Vaccine operations Central Provinces 1900-1911 - 1900-1911
Year: 1900
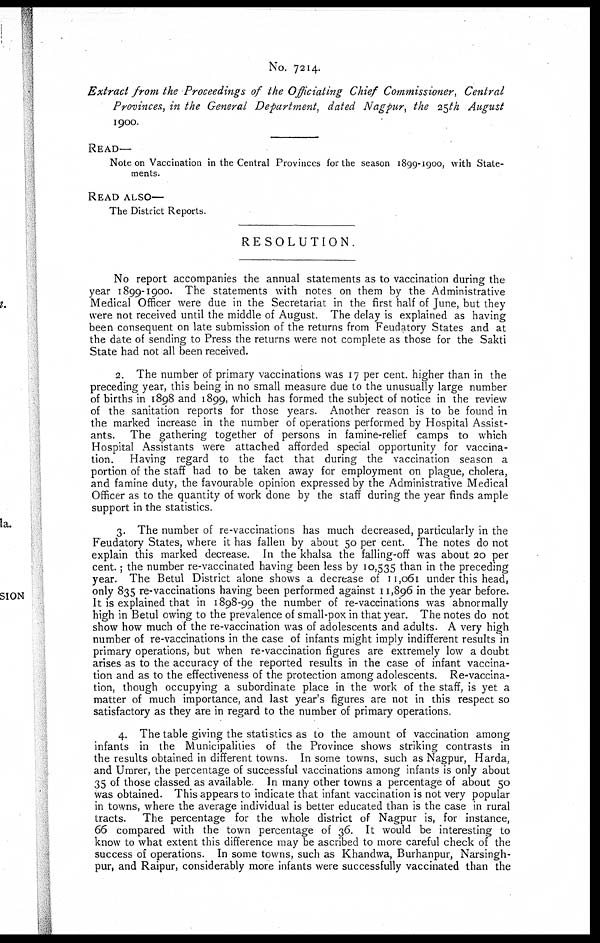
No. 7214.
Extract from the Proceedings of the Officiating Chief Commissioner, Central
Provinces, in the General Department, dated Nagpur, the 25th August
1900.
READ—
Note on Vaccination in the Central Provinces for the season 1899-1900, with State-
ments.
READ ALSO—
The District Reports.
RESOLUTION.
No report accompanies the annual statements as to vaccination during the
year 1899-1900. The statements with notes on them by the Administrative
Medical Officer were due in the Secretariat in the first half of June, but they
were not received until the middle of August. The delay is explained as having
been consequent on late submission of the returns from Feudatory States and at
the date of sending to Press the returns were not complete as those for the Sakti
State had not all been received.
2. The number of primary vaccinations was 17 per cent. higher than in the
preceding year, this being in no small measure due to the unusually large number
of births in 1898 and 1899, which has formed the subject of notice in the review
of the sanitation reports for those years. Another reason is to be found in
the marked increase in the number of operations performed by Hospital Assist-
ants. The gathering together of persons in famine-relief camps to which
Hospital Assistants were attached afforded special opportunity for vaccina-
tion. Having regard to the fact that during the vaccination season a
portion of the staff had to be taken away for employment on plague, cholera,
and famine duty, the favourable opinion expressed by the Administrative Medical
Officer as to the quantity of work done by the staff during the year finds ample
support in the statistics.
3. The number of re-vaccinations has much decreased, particularly in the
Feudatory States, where it has fallen by about 50 per cent. The notes do not
explain this marked decrease. In the khalsa the falling-off was about 20 per
cent.; the number re-vaccinated having been less by 10,535 than in the preceding
year. The Betul District alone shows a decrease of 11,061 under this head,
only 835 re-vaccinations having been performed against 11,896 in the year before.
It is explained that in 1898-99 the number of re-vaccinations was abnormally
high in Betul owing to the prevalence of small-pox in that year. The notes do not
show how much of the re-vaccination was of adolescents and adults. A very high
number of re-vaccinations in the case of infants might imply indifferent results in
primary operations, but when re-vaccination figures are extremely low a doubt
arises as to the accuracy of the reported results in the case of infant vaccina-
tion and as to the effectiveness of the protection among adolescents. Re-vaccina-
tion, though occupying a subordinate place in the work of the staff, is yet a
matter of much importance, and last year's figures are not in this respect so
satisfactory as they are in regard to the number of primary operations.
4. The table giving the statistics as to the amount of vaccination among
infants in the Municipalities of the Province shows striking contrasts in
the results obtained in different towns. In some towns, such as Nagpur, Harda,
and Umrer, the percentage of successful vaccinations among infants is only about
35 of those classed as available In many other towns a percentage of about 50
was obtained. This appears to indicate that infant vaccination is not very popular
in towns, where the average individual is better educated than is the case in rural
tracts. The percentage for the whole district of Nagpur is, for instance,
66 compared with the town percentage of 36. It would be interesting to
know to what extent this difference may be ascribed to more careful check of the
success of operations. In some towns, such as Khandwa, Burhanpur, Narsingh.
pur, and Raipur, considerably more infants were successfully vaccinated than the